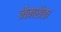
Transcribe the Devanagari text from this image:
नेमशेक